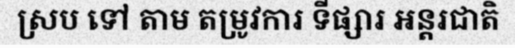
ស្រប ទៅ តាម តម្រូវការ ទីផ្សារ អន្តរជាតិ